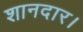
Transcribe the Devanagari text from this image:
शानदार।